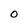
Character: O